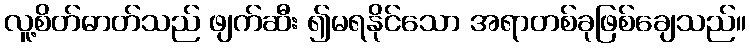
လူ့စိတ်ဓာတ်သည် ဖျက်ဆီး ၍မရနိုင်သော အရာတစ်ခုဖြစ်ချေသည်။